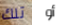
تلك أو